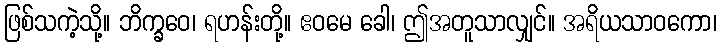
ဖြစ်သကဲ့သို့။ ဘိက္ခဝေ၊ ရဟန်းတို့။ ဧဝမေ ခေါ၊ ဤအတူသာလျှင်။ အရိယသာဝကော၊